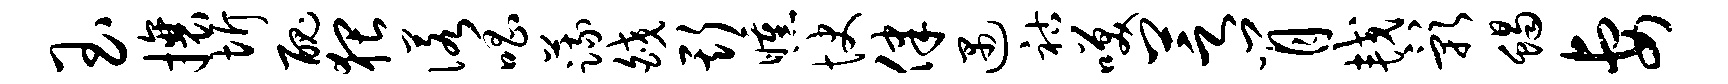
玉攘圻丑猥诺唱蔬皎斯曛快律遇祜笑芝肖较影蝎妻